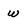
Character: w